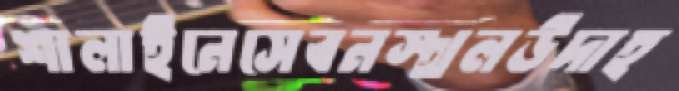
শালাইনেসেবনস্থলউদাহ